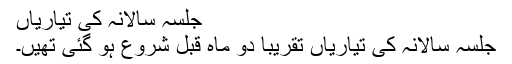
جلسہ سالانہ کی تیاریاں
جلسہ سالانہ کی تیاریاں تقریباً دو ماہ قبل شروع ہو گئی تھیں۔